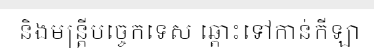
និងមន្ត្រីបច្ចេកទេស ឆ្ពោះទៅកាន់កីឡា